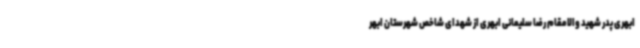
ابهری پدر شهید والامقام رضا سلیمانی ابهری از شهدای شاخص شهرستان ابهر